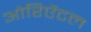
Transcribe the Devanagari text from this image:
ओरिऐंटल